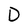
Character: D